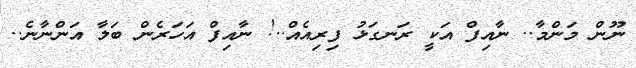
ނޫން މަންމާ.. ނާއިފް އަކީ ރަނގަޅު ފިރިއެއް..! ނާއިފް އަހަރެން ބަލާ އަންނާނެ..